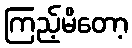
ကြည့်မိတော့